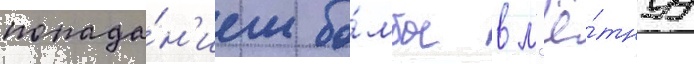
попада́н'ием бо́мбы в л'ё́тнуу